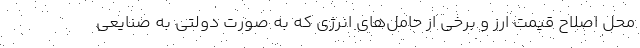
محل اصلاح قیمت ارز و برخی از حامل‌های انرژی که به صورت دولتی به صنایعی